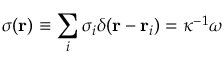
\sigma ( \mathbf { r } ) \equiv \sum _ { i } \sigma _ { i } \delta ( \mathbf { r } - \mathbf { r } _ { i } ) = \kappa ^ { - 1 } \omega